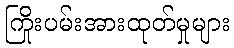
ကြိုးပမ်းအားထုတ်မှုများ